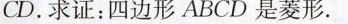
CD。求证：四边形ABCD是菱形。